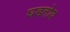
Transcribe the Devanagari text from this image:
घडतोय